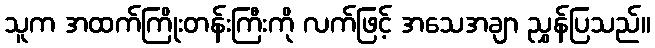
သူက အထက်ကြိုးတန်းကြီးကို လက်ဖြင့် အသေအချာ ညွှန်ပြသည်။